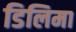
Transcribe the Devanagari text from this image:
डिलिमा